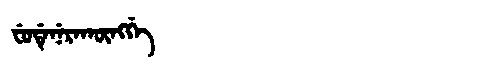
Manchu: ᠸᡠᡩᡝᠨᡝᡵᠠᡴᡡᠩᡤᡝ
Romanization: FUDENERAKŪNGGE